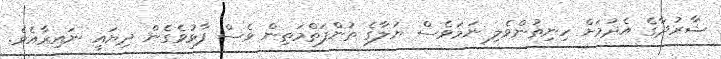
ޝާރުދާގެ އެދުމަށް ހިނިތުންވެލި ނަމަވެސް ޔަލާގެ ތުންފަތްމަތިން ވެސް ފާޅުވެގެން ދިޔައީ ނައިރާއެވެ.